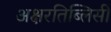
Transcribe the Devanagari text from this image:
अक्षरतिब्लिसी